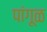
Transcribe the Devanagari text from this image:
पांगूळ